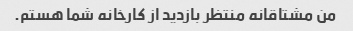
من مشتاقانه منتظر بازدید از کارخانه شما هستم.